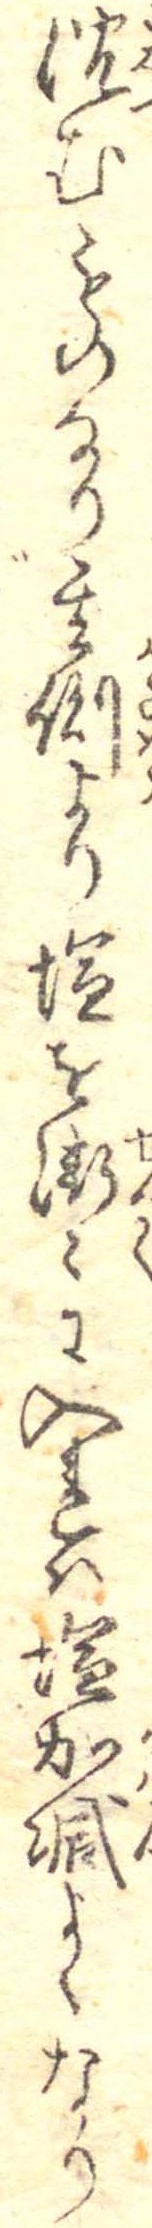
沈むものなり其側より塩を漸々に入れは塩加減よくなり